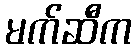
မက်ဆီက